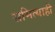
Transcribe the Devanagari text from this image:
समित्याही